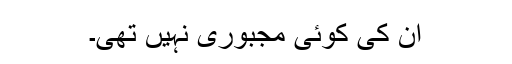
ان کی کوئی مجبوری نہیں تھی۔